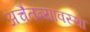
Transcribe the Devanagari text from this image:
अचैतन्यावस्था